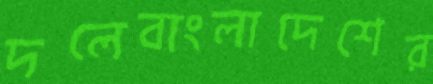
দলেবাংলাদেশের